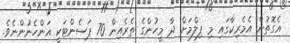
އެގޮތުން އެމެރިކާގައި މި ފިލްމަށް ދާ މީހުންގެ ތެރެއިން 70 ޕަސެންޓަކީ އަންހެނުންނެވެ.